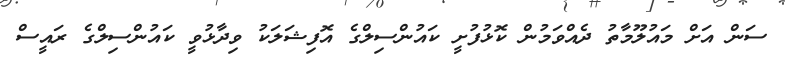
ސަން އަށް މައުލޫމާތު ދެއްވަމުން ކޮޅުފުށީ ކައުންސިލްގެ އޮފިޝަލަކު ވިދާޅުވީ ކައުންސިލްގެ ރައީސް